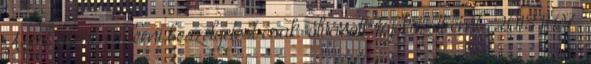
Azért mert, érdemi beszélgetést csak "olvasott" tájékozott emb. 2018.11.07.